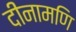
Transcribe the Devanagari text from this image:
दीनामणि